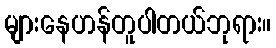
များနေဟန်တူပါတယ်ဘုရား။